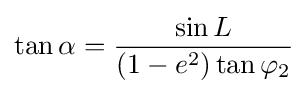
\tan \alpha ={\frac {\sin L}{\left(1-e^{2}\right)\tan \varphi _{2}}}